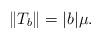
LaTeX: \begin{align*}\|T_b\|=|b|\mu.\end{align*}